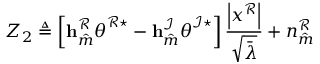
Z _ { 2 } \triangleq \left[ \mathbf { h } _ { \hat { m } } ^ { \mathcal { R } } \boldsymbol { \theta } ^ { \mathcal { R } \star } - \mathbf { h } _ { \hat { m } } ^ { \mathcal { I } } \boldsymbol { \theta } ^ { \mathcal { I } \star } \right] \frac { \left| x ^ { \mathcal { R } } \right| } { \sqrt { \bar { \lambda } } } + n _ { \hat { m } } ^ { \mathcal { R } }